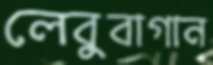
লেবুবাগান